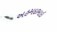
અહમદભાઇ